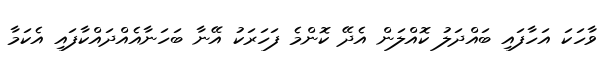
ވާހަކަ އަހާފައި ބައްދަލު ކޮއްލަން އެދޭ ކޮންމެ ފަހަރަކު އޭނާ ބަހަނާއެއްދައްކާފައި އެކަމާ